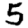
Digit: 5